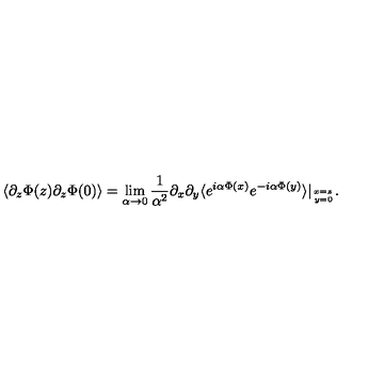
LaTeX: \langle \partial _ { z } \Phi ( z ) \partial _ { z } \Phi ( 0 ) \rangle = \lim _ { \alpha \rightarrow 0 } { \frac { 1 } { \alpha ^ { 2 } } } \partial _ { x } \partial _ { y } \langle e ^ { i \alpha \Phi ( x ) } e ^ { - i \alpha \Phi ( y ) } \rangle | _ { { x = z } \atop { y = 0 } } .